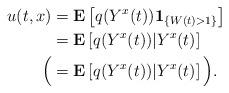
LaTeX: \begin{align*}u(t,x)&=\mathbf E\left[ q(Y^{x}(t))\mathbf 1_{\{ W(t)>1\}}\right]\\&=\mathbf E\left[ q(Y^{x}(t)) | Y^x(t)\right] \\\Big(&=\mathbf E\left[ q(Y^{x}(t)) | Y^x(t)\right]\Big).\end{align*}